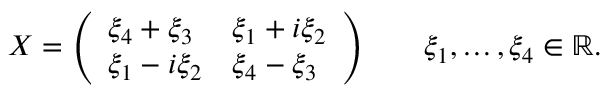
X = { \left( \begin{array} { l l } { \xi _ { 4 } + \xi _ { 3 } } & { \xi _ { 1 } + i \xi _ { 2 } } \\ { \xi _ { 1 } - i \xi _ { 2 } } & { \xi _ { 4 } - \xi _ { 3 } } \end{array} \right) } \qquad \xi _ { 1 } , \ldots , \xi _ { 4 } \in \mathbb { R } .